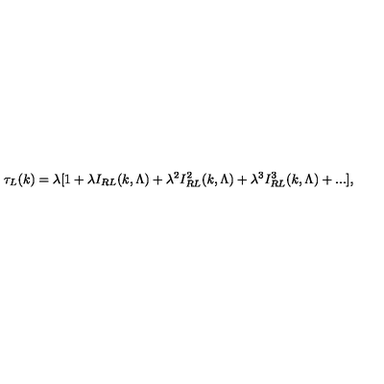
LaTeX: \tau _ { L } ( k ) = \lambda [ 1 + \lambda I _ { R L } ( k , \Lambda ) + \lambda ^ { 2 } I _ { R L } ^ { 2 } ( k , \Lambda ) + \lambda ^ { 3 } I _ { R L } ^ { 3 } ( k , \Lambda ) + . . . ] ,